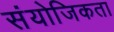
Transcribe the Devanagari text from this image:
संयोजिकता